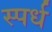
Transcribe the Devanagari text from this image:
स्पर्ध